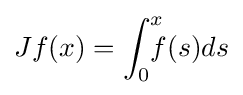
Jf(x)=\int _{0}^{x}\!\!\!\!f(s){ds}